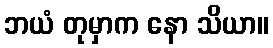
ဘယံ တုမှာက နော သိယာ။